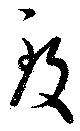
致